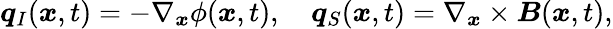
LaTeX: \boldsymbol{q}_{I}(\boldsymbol{x},t)=-\nabla_{\boldsymbol{x}}\phi(\boldsymbol{x},t),\quad\boldsymbol{q}_{S}(\boldsymbol{x},t)=\nabla_{\boldsymbol{x}}\times\boldsymbol{B}(\boldsymbol{x},t),